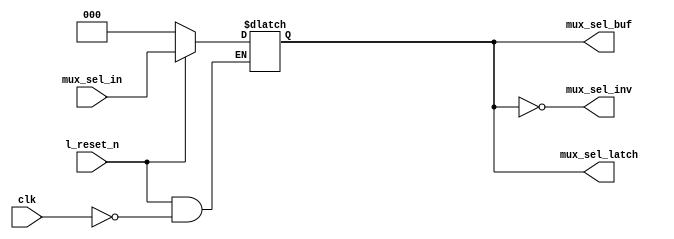
// SPDX-License-Identifier: Apache-2.0
// Copyright (C) 2019 Intel Corporation. 

//-------------------------------------------------------------------------------------------------------------------------------------------------------------------------
// io_interp_latch_in :   mux_sel latches
//-------------------------------------------------------------------------------------------------------------------------------------------------------------------------

module io_interp_latch_in (
input             l_reset_n,        	// Active low reset
input             clk,      	 	// clock for latch
input       [2:0] mux_sel_in,       	// The gray code to control (even) of the 8 to 1 phase multiplexer
output reg  [2:0] mux_sel_latch,    	// latched gray code to control (even) of the 8 to 1 phase multiplexer
output 	    [2:0] mux_sel_buf,    	// buffered gray code to control (even) of the 8 to 1 phase multiplexer
output 	    [2:0] mux_sel_inv    	// inverted gray code to control (even) of the 8 to 1 phase multiplexer
);

`ifdef TIMESCALE_EN
                timeunit 1ps;
                timeprecision 1ps;
`endif

parameter  INV_DELAY      = 15;  // 15ps
parameter  LATCH_DELAY    = 50;  // 50ps
parameter  BUF_DELAY      = 25;  // 25ps
parameter  MUX_DELAY      = 50;  // 50ps

//=========================================================================================================================================================================
// io_interpolator_mux selects 3 of the 8 input clock phases (A complimentary set) 
//=========================================================================================================================================================================

always @(*) 
  if (~l_reset_n)         mux_sel_latch[2:0] <= #LATCH_DELAY 3'h0;
  else if (clk) mux_sel_latch[2:0] <= #LATCH_DELAY mux_sel_in[2:0];

assign mux_sel_buf = mux_sel_latch[2:0];
assign mux_sel_inv = ~mux_sel_latch[2:0];

endmodule